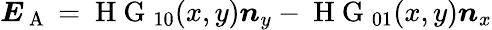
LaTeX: \boldsymbol{E}_{\mathrm{~A~}}=\mathrm{~H~G~}_{10}(x,y)\boldsymbol{n}_{y}-\mathrm{~H~G~}_{01}(x,y)\boldsymbol{n}_{x}